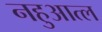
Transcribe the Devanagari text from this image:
नहुआत्ल